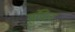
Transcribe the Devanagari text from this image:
मुंद्रित